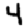
Digit: 4